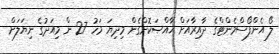
ލޯ އެންފޯސްމެންޓްގެ ދާއިރާއަށް ޚާއްޞަކޮށްގެން މިދިޔަ މަހު 27 ން މިއަދުގެ ނިޔަލަށް